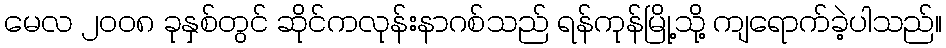
မေလ ၂၀၀၈ ခုနှစ်တွင် ဆိုင်ကလုန်းနာဂစ်သည် ရန်ကုန်မြို့သို့ ကျရောက်ခဲ့ပါသည်။